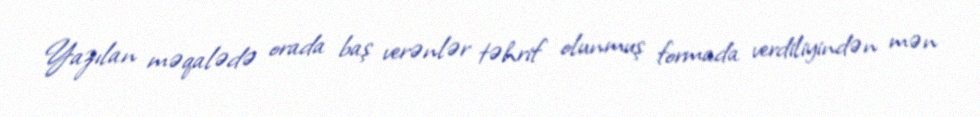
Yazılan məqalədə orada baş verənlər təhrif olunmuş formada verdiliyindən mən